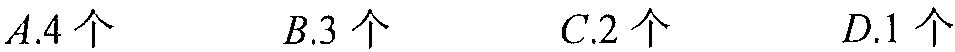
\(A.4\text{ 个}\quad B.3\text{ 个}\quad C.2\text{ 个}\quad D.1\text{ 个}\)